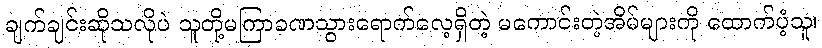
ချက်ချင်းဆိုသလိုပဲ သူတို့မကြာခဏသွားရောက်လေ့ရှိတဲ့ မကောင်းတဲ့အိမ်များကို ထောက်ပံ့သူ၊